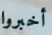
أخبروا